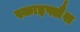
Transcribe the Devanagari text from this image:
स्काइफ्लैश